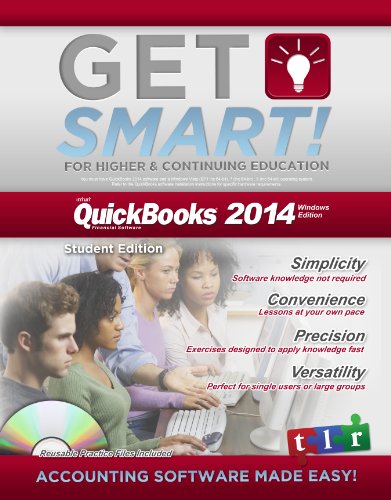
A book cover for GetSmart with QuickBooks 2014 - Student (includes 160 free trial of QuickBooks software); inc tlr; Computers & Technology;